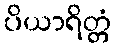
ပိယာရိတ္တံ